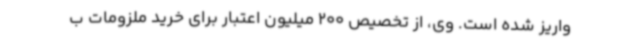
واریز شده است. وی، از تخصیص 200 میلیون اعتبار برای خرید ملزومات ب